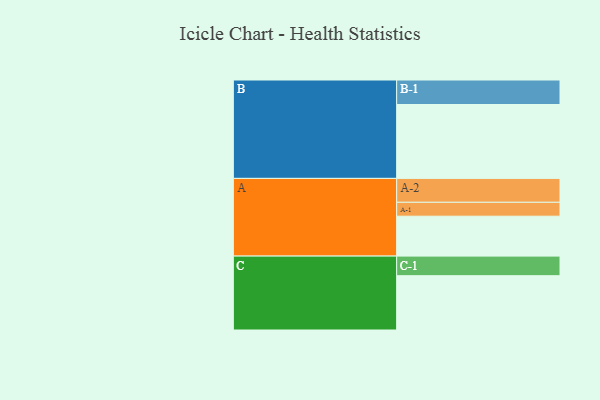
{"axis": {"x": "Segment", "y": "Value"}, "legend": ["", "A", "B", "C"], "data": [{"x": "A", "y": 324, "type": ""}, {"x": "B", "y": 600, "type": ""}, {"x": "C", "y": 441, "type": ""}, {"x": "A-1", "y": 113, "type": "A"}, {"x": "A-2", "y": 194, "type": "A"}, {"x": "B-1", "y": 199, "type": "B"}, {"x": "C-1", "y": 159, "type": "C"}]}